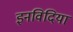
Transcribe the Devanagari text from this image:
इनविदिया